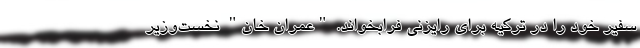
سفیر خود را در ترکیه برای رایزنی فرابخواند. "عمران خان" نخست‌وزیر